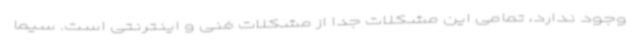
وجود ندارد، تمامی این مشکلات جدا از مشکلات فنی و اینترنتی است‌. سیما